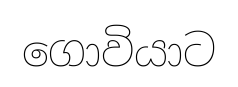
ගොවියාට